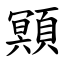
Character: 䫤